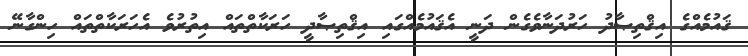
ޤައުމެއްގެ އިޤްތިޞާދު ހަރުދަނާވެގެން ދަނީ އެޤައުމެއްގައި އިޤްތިޞާދީ ހަރަކާތްތައް އިތުރުވެ އެހަރަކާތްތައް ހިންގާނޭ